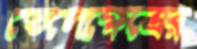
তেলেক্ষেত্রের